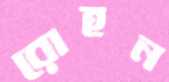
রোহন